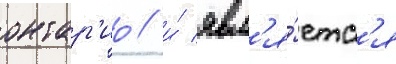
онтар'ио / и́ явл'я́етс'я